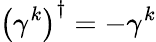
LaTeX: \left(\gamma^{k}\right)^{\dagger}=-\gamma^{k}